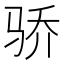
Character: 骄